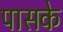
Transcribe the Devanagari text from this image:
पासके